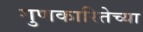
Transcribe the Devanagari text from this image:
गुणकारितेच्या